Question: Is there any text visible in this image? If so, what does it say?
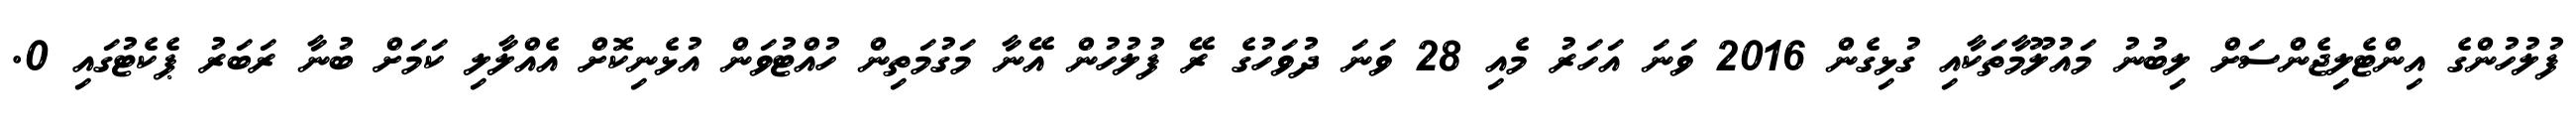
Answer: ފުލުހުންގެ އިންޓެލިޖެންސަށް ލިބުނު މައުލޫމާތަކާއި ގުޅިގެން 2016 ވަނަ އަހަރު މެއި 28 ވަނަ ދުވަހުގެ ރޭ ފުލުހުން އޭނާ މަގުމަތިން ހުއްޓުވަން އުޅެނިކޮށް އެއްލާލި ކަމަށް ބުނާ ރަބަރު ޕެކެޓުގައި 0.